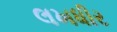
લખધીર